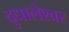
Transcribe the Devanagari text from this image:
दुधालेश्‍वर